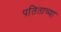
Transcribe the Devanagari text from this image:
पतिताच्या